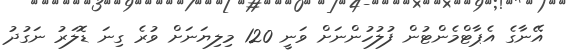
އޭނާގެ އެޕާޓްމެންޓުން ފުލުހުންނަށް ވަނީ 120 މިލިޔަނަށް ވުރެ ގިނަ ޑޮލަރު ނަގުދު